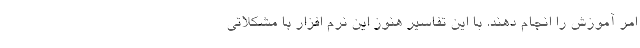
امر آموزش را انجام دهند. با این تفاسیر هنوز این نرم افزار با مشکلاتی